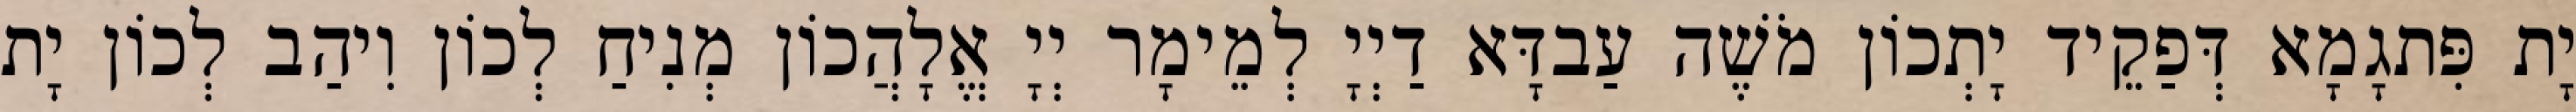
יָת פִּתגָמָא דְּפַקֵיד יָתְכוֹן מֹשֶׁה עַבדָּא דַיְיָ לְמֵימָר יְיָ אֱלָהֲכוֹן מְנִיחַ לְכוֹן וִיהַב לְכוֹן יָת